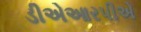
ડીએઆરપીએ